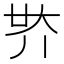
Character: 𡗾